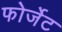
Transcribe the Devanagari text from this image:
फोर्जेट